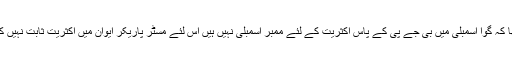
ان کا کہنا تھا کہ گوا اسمبلی میں بی جے پی کے پاس اکثریت کے لئے ممبر اسمبلی نہیں ہیں اس لئے مسٹر پاریکر ایوان میں اکثریت ثابت نہیں کرپائیں گے ۔